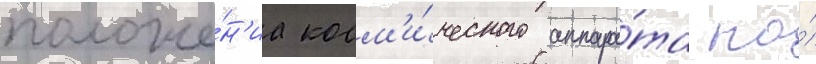
положе́н'иа косм'и́ческого аппара́та на́